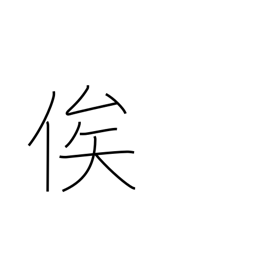
Meaning: depend on